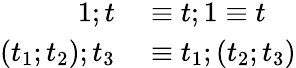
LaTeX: \begin{array}{rl}{1;t}&{{}\equiv t;1\equiv t}\\ {(t_{1};t_{2});t_{3}}&{{}\equiv t_{1};(t_{2};t_{3})}\end{array}